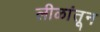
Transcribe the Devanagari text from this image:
लीळांतून